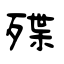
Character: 殜